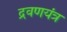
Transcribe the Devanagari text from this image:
द्रवणयंत्र